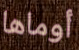
أوماها